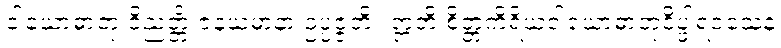
ဝါယောဓာတု ဝိညတ္တိံ ဇနယမာနာ ဥပ္ပဇ္ဇတိ။ ဣတိ စိတ္တကိရိယဝါယောဓာတုဝိပ္ဖါရဝသေန